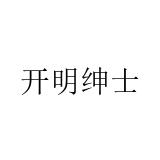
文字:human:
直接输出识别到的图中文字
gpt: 开明绅士